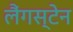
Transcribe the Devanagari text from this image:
लैंगस्टेन